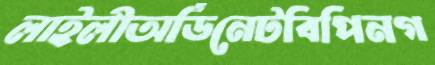
লাইলীঅর্ডিনেটবিপিনগ